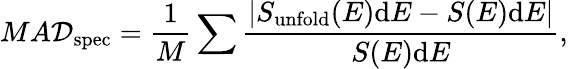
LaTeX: MA\mathcal{D}_{\mathrm{{spec}}}=\frac{{1}}{{M}}\sum\frac{{|S_{\mathrm{{unfold}}}(E)\mathrm{{d}}E-S(E)\mathrm{{d}}E|}}{{S(E)\mathrm{{d}}E}},